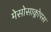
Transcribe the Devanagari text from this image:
मेसोसाक्लोपस